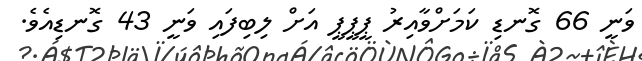
ވަނީ 66 ގޮނޑި ކަމަށްވާއިރު ޕީޕީޕީ އަށް ލިބިފައި ވަނީ 43 ގޮނޑިއެވެ.